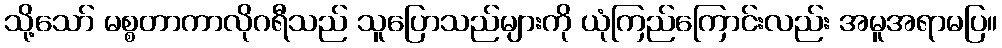
သို့သော် မစ္စတာကာလိုဂရီသည် သူပြောသည်များကို ယုံကြည်ကြောင်းလည်း အမူအရာမပြ။